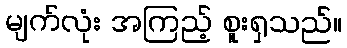
မျက်လုံး အကြည့် စူးရှသည်။